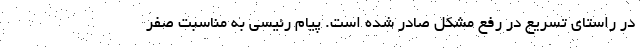
در راستای تسریع در رفع مشکل صادر شده است. پیام رئیسی به مناسبت صفر